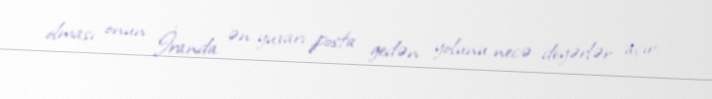
olması onun İranda ən yuxarı posta gedən yolunu necə deyərlər açır.